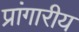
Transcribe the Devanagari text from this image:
प्रांगारीय